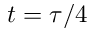
t = \tau / 4